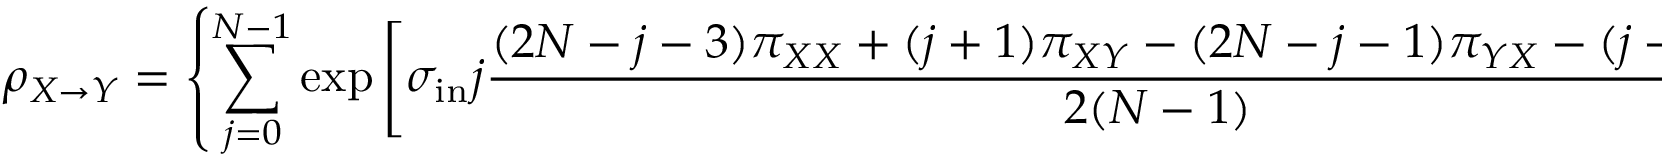
\rho _ { X \to Y } = \left\{ \sum _ { j = 0 } ^ { N - 1 } \exp \left[ \sigma _ { \mathrm { i n } } j \frac { ( 2 N - j - 3 ) \pi _ { X X } + ( j + 1 ) \pi _ { X Y } - ( 2 N - j - 1 ) \pi _ { Y X } - ( j - 1 ) \pi _ { Y Y } } { 2 ( N - 1 ) } \right] \right\} ^ { - 1 } .